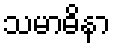
သမာဓိနာ